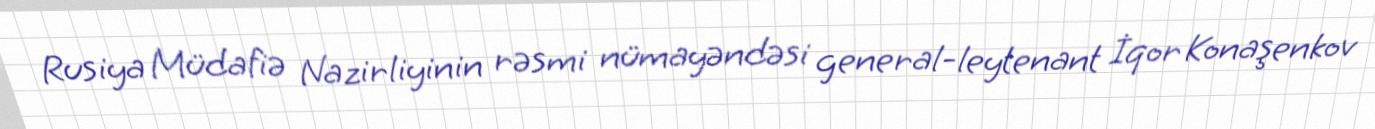
Rusiya Müdafiə Nazirliyinin rəsmi nümayəndəsi general-leytenant İqor Konaşenkov